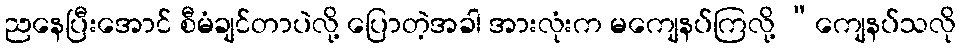
ညနေပြီးအောင် စီမံချင်တာပဲလို့ ပြောတဲ့အခါ အားလုံးက မကျေနပ်ကြလို့ “ကျေနပ်သလို